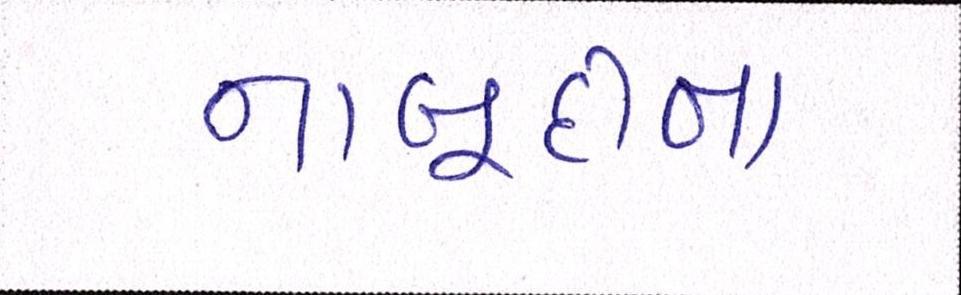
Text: નાબૂદીના